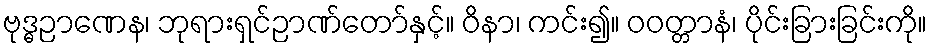
ဗုဒ္ဓဉာဏေန၊ ဘုရားရှင်ဉာဏ်တော်နှင့်။ ဝိနာ၊ ကင်း၍။ ဝဝတ္တာနံ၊ ပိုင်းခြားခြင်းကို။